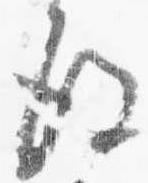
後